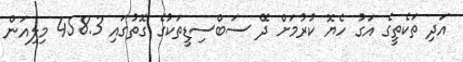
އަދި ތަކެތީގެ އަގު ހެޔޮ ކުރުމަށް ދޭ ސަބްސިޑީތަކުގެ ގޮތުގައި 458.3 މިލިއަން